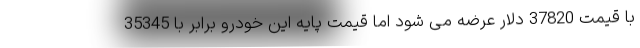
با قیمت 37820 دلار عرضه می شود اما قیمت پایه این خودرو برابر با 35345